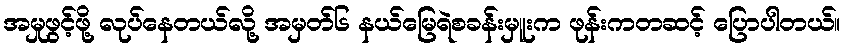
အမှုဖွင့်ဖို့ လုပ်နေတယ်လို့ အမှတ်၆ နယ်မြေရဲစခန်းမှူးက ဖုန်းကတဆင့် ပြောပါတယ်။